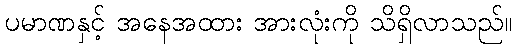
ပမာဏနှင့် အနေအထား အားလုံးကို သိရှိလာသည်။